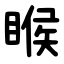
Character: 睺